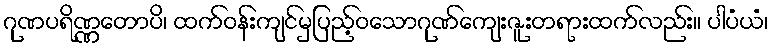
ဂုဏပရိဏ္ဏတောပိ၊ ထက်ဝန်းကျင်မှပြည့်ဝသောဂုဏ်ကျေးဇူးတရားထက်လည်း။ ပါပံယံ၊